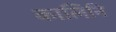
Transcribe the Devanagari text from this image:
कालिनि